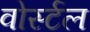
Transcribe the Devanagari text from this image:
वोर्स्टल